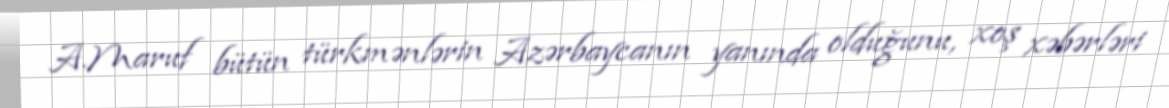
A.Maruf bütün türkmənlərin Azərbaycanın yanında olduğunu, xoş xəbərləri